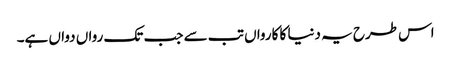
اس طرح یہ دنیا کا کارواں تب سے جب تک رواں دواں ہے۔